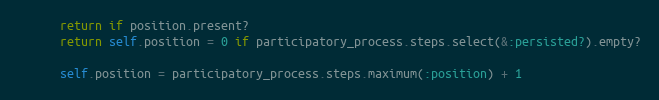
Language: Ruby
      return if position.present?
      return self.position = 0 if participatory_process.steps.select(&:persisted?).empty?

      self.position = participatory_process.steps.maximum(:position) + 1